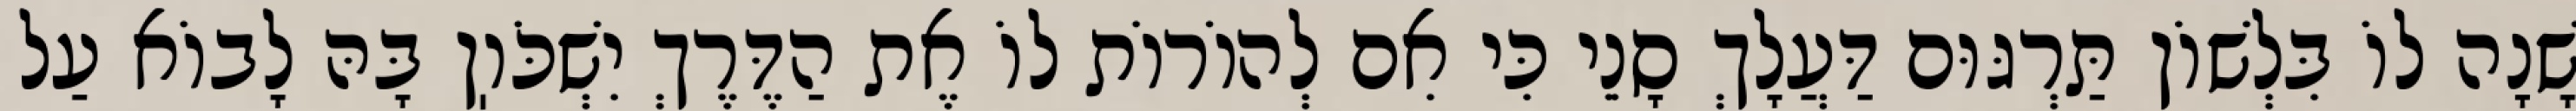
שָׁנָה לוֹ בִּלְשׁוֹן תַּרְגּוּם דַּעֲלָךְ סָנֵי כִּי אִם לְהוֹרוֹת לוֹ אֶת הַדֶּרֶךְ יִשְׁכֹּוֽן בָּהּ לָבוֹא עַל